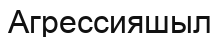
Агрессияшыл